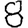
Digit: 8